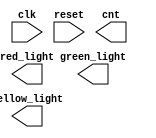
`timescale 1ns / 1ps
//////////////////////////////////////////////////////////////////////////////////
// Company: 
// Engineer: 
// 
// Design Name: 
// Module Name:    traffic_light_hw 
// Project Name: 
// Target Devices: 
// Tool versions: 
// Description: 
//
// Dependencies: 
//
// Revision: 
// Revision 0.01 - File Created
// Additional Comments: 
//
//////////////////////////////////////////////////////////////////////////////////
module traffic_light_hw(
    input clk,
    input reset,
    output reg green_light , red_light, yellow_light,
	output reg [3:0] cnt 
    );



endmodule